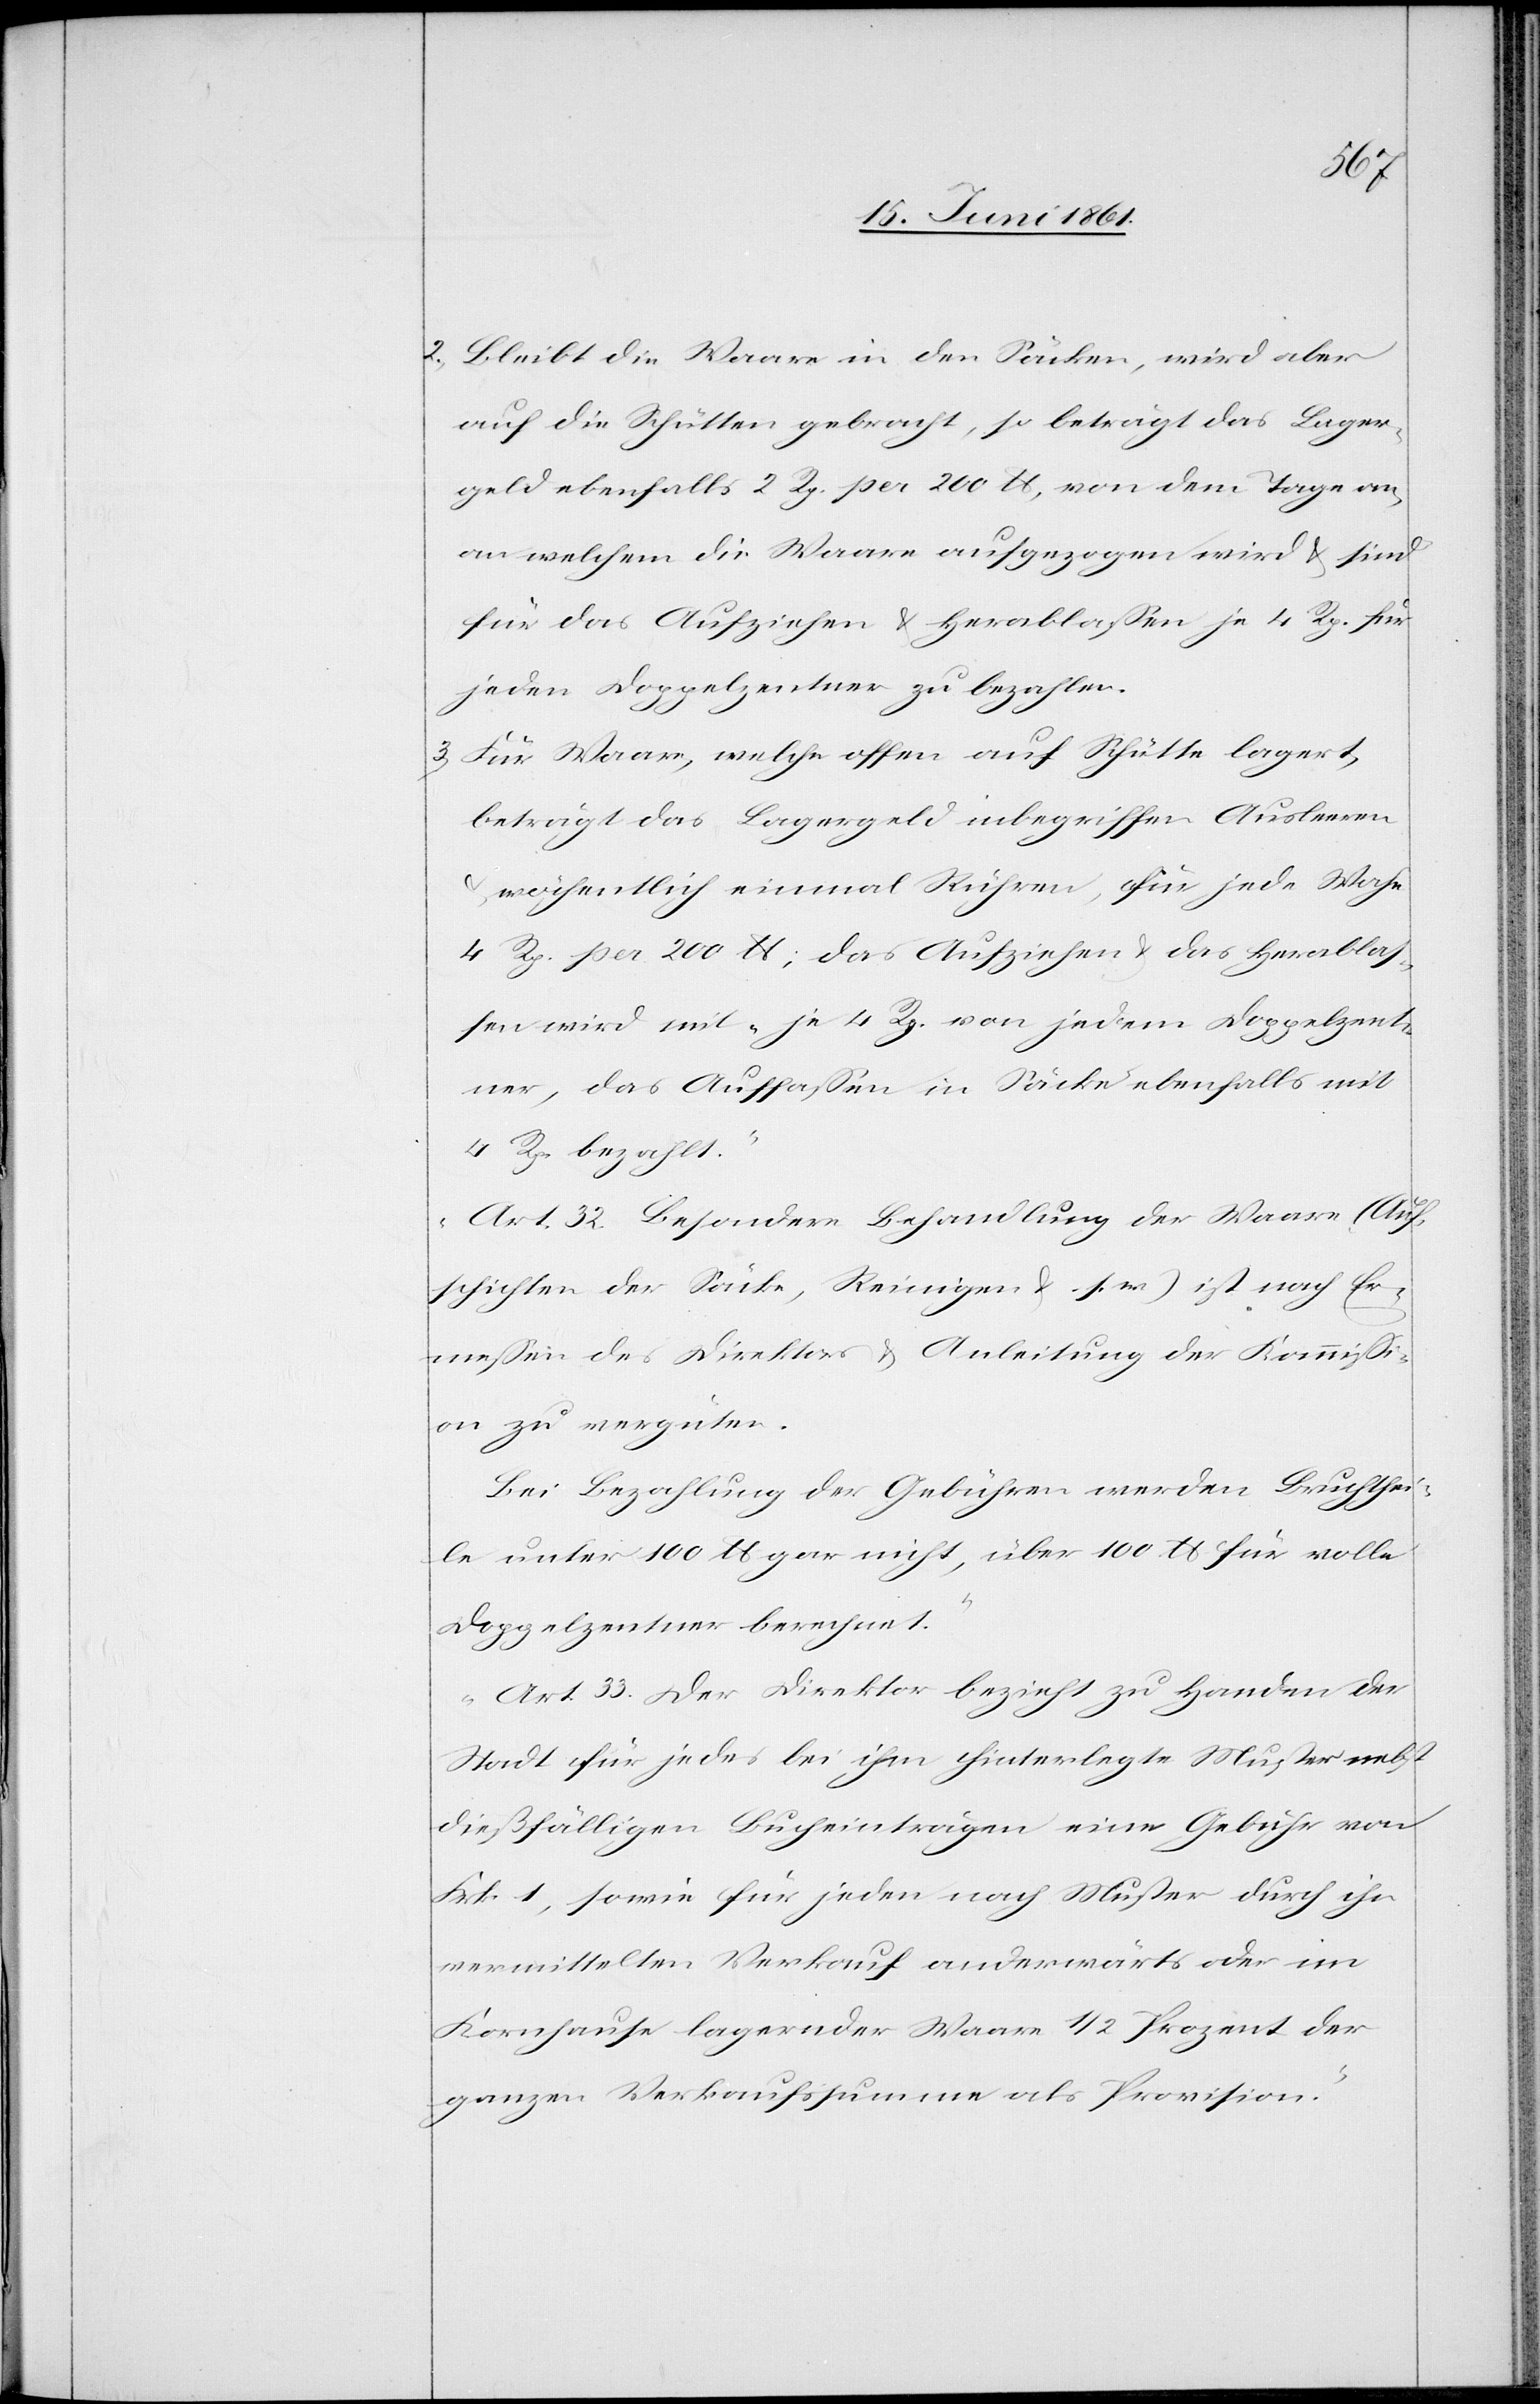
2. Bleibt die Waare in den Säcken, wird aber
auf die Schütten gebracht, so beträgt das Lager¬
geld ebenfalls 2 Rp. per 200 lb, von dem Tage an,
an welchem die Waare aufgezogen wird u. sind
für das Aufziehen u. Herablassen je 4 Rp. für
jeden Doppelzentner zu bezahlen.
3. Für Waare, welche offen auf Schütte lagert,
beträgt das Lagergeld inbegriffen Ausleeren
wöchentlich einmal Rühren, für jede Woche
4 Rp. per 200 lb; das Aufziehen u. das Herablas¬
sen wird mit je 4 Rp. von jedem Doppelzent¬
ner, das Auffassen in Säcke ebenfalls mit
4 Rp. bezahlt.
Art. 32. Besondere Behandlung der Waare (Auf¬
schichten der Säcke, Reinigen u. s. w.) ist nach Er¬
messen des Direktors u. Anleitung der Kommissi¬
on zu vergüten.
Bei Bezahlung der Gebühren werden Bruchthei¬
le unter 100 lb. gar nicht, über 100 lb. für volle
Doppelzentner berechnet.
Art. 33. Der Direktor bezieht zu Handen der
Stadt für jedes bei ihm hinterlegte Muster nebst
dießfälligen Bucheinträgen eine Gebühr von
Frk. 1, sowie für jeden nach Muster durch ihn
vermittelsten Verkauf anderwärts oder im
Kornhause lagernder Waare 1/2 Prozent der
ganzen Verkaufssumme als Provision.“